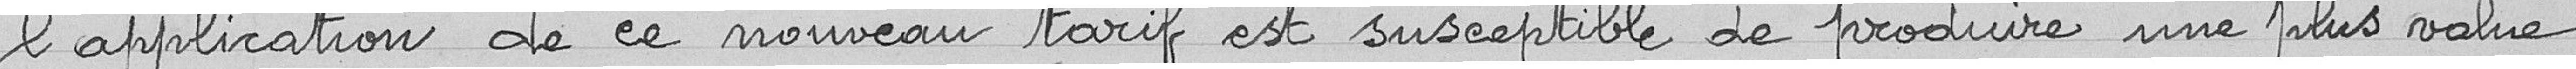
l’application de ce nouveau tarif est susceptible de produire une plus-value